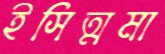
ইসিত্মমা